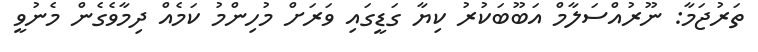
ތަރުޖަމާ: ނޫރުއްސަލާމް އަބޫބަކުރު ކިޔާ ގަޑީގައި ވަރަށް މުހިންމު ކަމެއް ދިމާވެގެން މެނުވީ